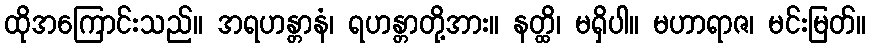
ထိုအကြောင်းသည်။ အရဟန္တာနံ၊ ရဟန္တာတို့အား။ နတ္ထိ၊ မရှိပါ။ မဟာရာဇ၊ မင်းမြတ်။